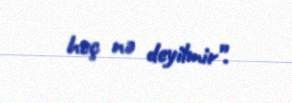
heç nə deyilmir”.